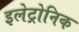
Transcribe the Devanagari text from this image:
इलेट्रोनिक